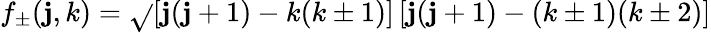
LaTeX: f_{\pm}(\mathbf{j},k)=\sqrt{}{{\left[\mathbf{j}(\mathbf{j}+1)-k(k\pm1)\right]\left[\mathbf{j}(\mathbf{j}+1)-(k\pm1)(k\pm2)\right]}}